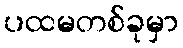
ပထမတစ်ခုမှာ